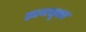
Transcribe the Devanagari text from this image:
ज्ञानसूक्त